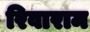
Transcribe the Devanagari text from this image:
रिवाराम